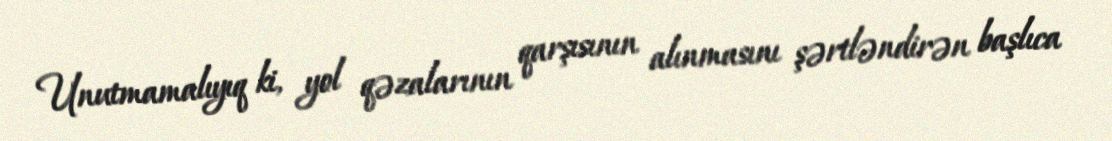
Unutmamalıyıq ki, yol qəzalarının qarşısının alınmasını şərtləndirən başlıca